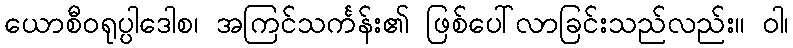
ယောစီဝရုပ္ပါဒေါစ၊ အကြင်သင်္ကန်း၏ ဖြစ်ပေါ်လာခြင်းသည်လည်း။ ဝါ၊